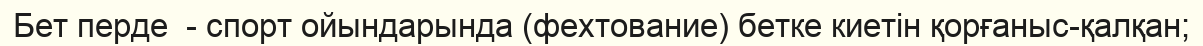
Бет перде  - спорт ойындарында (фехтование) бетке киетін қорғаныс-қалқан;